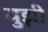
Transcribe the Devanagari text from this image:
युझी